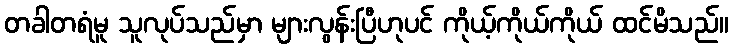
တခါတရံမူ သူလုပ်သည်မှာ များလွန်းပြီဟုပင် ကိုယ့်ကိုယ်ကိုယ် ထင်မိသည်။